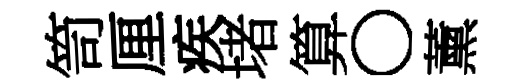
笥厘疾堵算〇薰